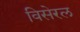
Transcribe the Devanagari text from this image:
विसेरल